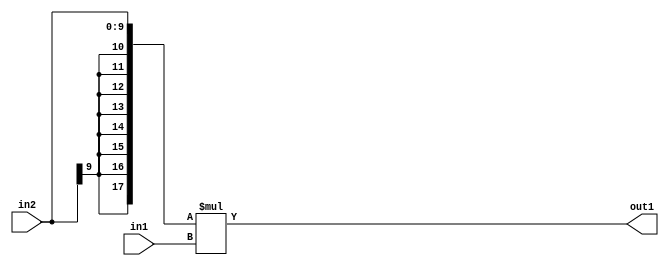
`timescale 1ps / 1ps
/*****************************************************************************
    Verilog RTL Description
    
    
    Created by: Stratus DpOpt 2019.1.01 
*******************************************************************************/

module SobelFilter_Mul_10Sx8U_18S_1 (
	in2,
	in1,
	out1
	); /* architecture "behavioural" */ 
input [9:0] in2;
input [7:0] in1;
output [17:0] out1;
wire [17:0] asc001;

assign asc001 = 
	+({{8{in2[9]}}, in2} * in1);

assign out1 = asc001;
endmodule

/* CADENCE  ubP0QgE= : u9/ySgnWtBlWxVPRXgAZ4Og= ** DO NOT EDIT THIS LINE ******/